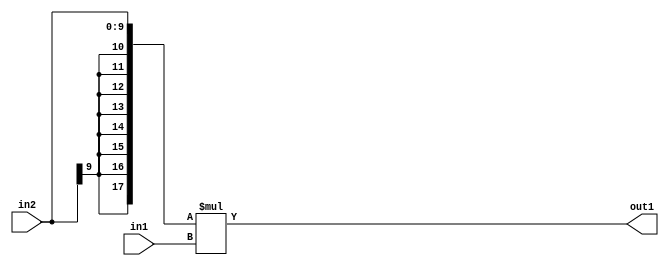
`timescale 1ps / 1ps
/*****************************************************************************
    Verilog RTL Description
    
    
    Created by: Stratus DpOpt 2019.1.01 
*******************************************************************************/

module SobelFilter_Mul_10Sx8U_18S_1 (
	in2,
	in1,
	out1
	); /* architecture "behavioural" */ 
input [9:0] in2;
input [7:0] in1;
output [17:0] out1;
wire [17:0] asc001;

assign asc001 = 
	+({{8{in2[9]}}, in2} * in1);

assign out1 = asc001;
endmodule

/* CADENCE  ubP0QgE= : u9/ySgnWtBlWxVPRXgAZ4Og= ** DO NOT EDIT THIS LINE ******/